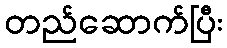
တည်ဆောက်ပြီး